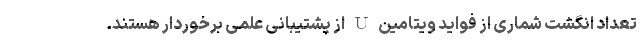
تعداد انگشت شماری از فواید ویتامین U از پشتیبانی علمی برخوردار هستند.